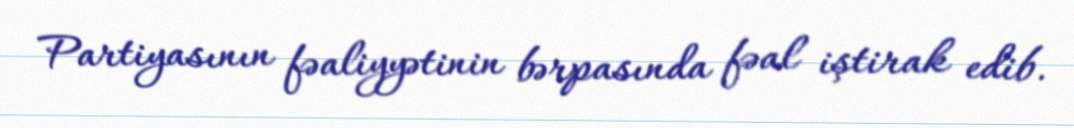
Partiyasının fəaliyyətinin bərpasında fəal iştirak edib.